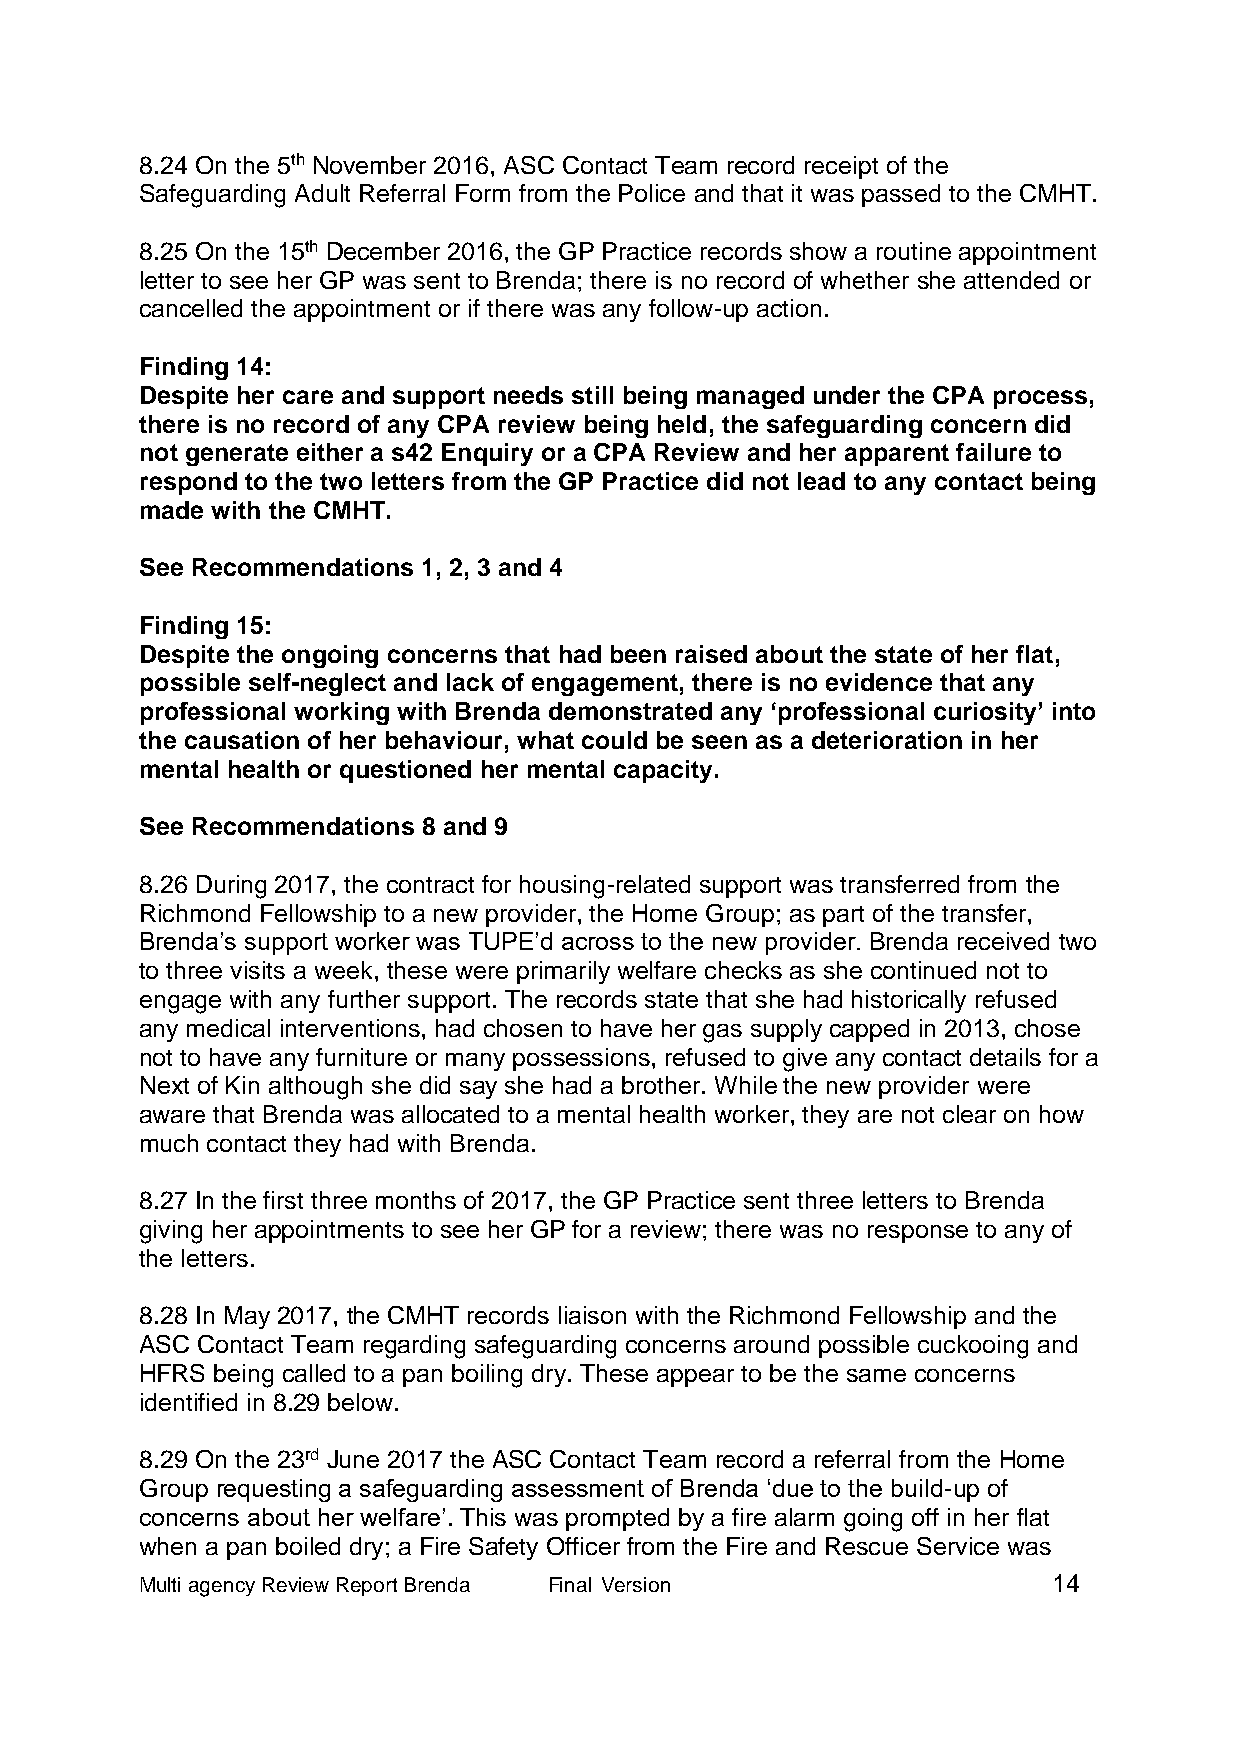
8.24 On the 5th November 2016, ASC Contact Team record receipt of the
 Safeguarding Adult Referral Form from the Police and that it was passed to the CMHT.
 8.25 On the 15th December 2016, the GP Practice records show a routine appointment
 letter to see her GP was sent to Brenda; there is no record of whether she attended or
 cancelled the appointment or if there was any follow-up action.
 Finding 14:
 Despite her care and support needs still being managed under the CPA process,
 there is no record of any CPA review being held, the safeguarding concern did
 not generate either a s42 Enquiry or a CPA Review and her apparent failure to
 respond to the two letters from the GP Practice did not lead to any contact being
 made with the CMHT.
 See Recommendations 1, 2, 3 and 4
 Finding 15:
 Despite the ongoing concerns that had been raised about the state of her flat,
 possible self-neglect and lack of engagement, there is no evidence that any
 professional working with Brenda demonstrated any ‘professional curiosity’ into
 the causation of her behaviour, what could be seen as a deterioration in her
 mental health or questioned her mental capacity.
 See Recommendations 8 and 9
 8.26 During 2017, the contract for housing-related support was transferred from the
 Richmond Fellowship to a new provider, the Home Group; as part of the transfer,
 Brenda’s support worker was TUPE’d across to the new provider. Brenda received two
 to three visits a week, these were primarily welfare checks as she continued not to
 engage with any further support. The records state that she had historically refused
 any medical interventions, had chosen to have her gas supply capped in 2013, chose
 not to have any furniture or many possessions, refused to give any contact details for a
 Next of Kin although she did say she had a brother. While the new provider were
 aware that Brenda was allocated to a mental health worker, they are not clear on how
 much contact they had with Brenda.
 8.27 In the first three months of 2017, the GP Practice sent three letters to Brenda
 giving her appointments to see her GP for a review; there was no response to any of
 the letters.
 8.28 In May 2017, the CMHT records liaison with the Richmond Fellowship and the
 ASC Contact Team regarding safeguarding concerns around possible cuckooing and
 HFRS being called to a pan boiling dry. These appear to be the same concerns
 identified in 8.29 below.
 8.29 On the 23rd June 2017 the ASC Contact Team record a referral from the Home
 Group requesting a safeguarding assessment of Brenda ‘due to the build-up of
 concerns about her welfare’. This was prompted by a fire alarm going off in her flat
 when a pan boiled dry; a Fire Safety Officer from the Fire and Rescue Service was
 Multi agency Review Report Brenda Final Version              14